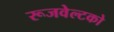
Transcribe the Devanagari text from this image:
रूजवेल्टको